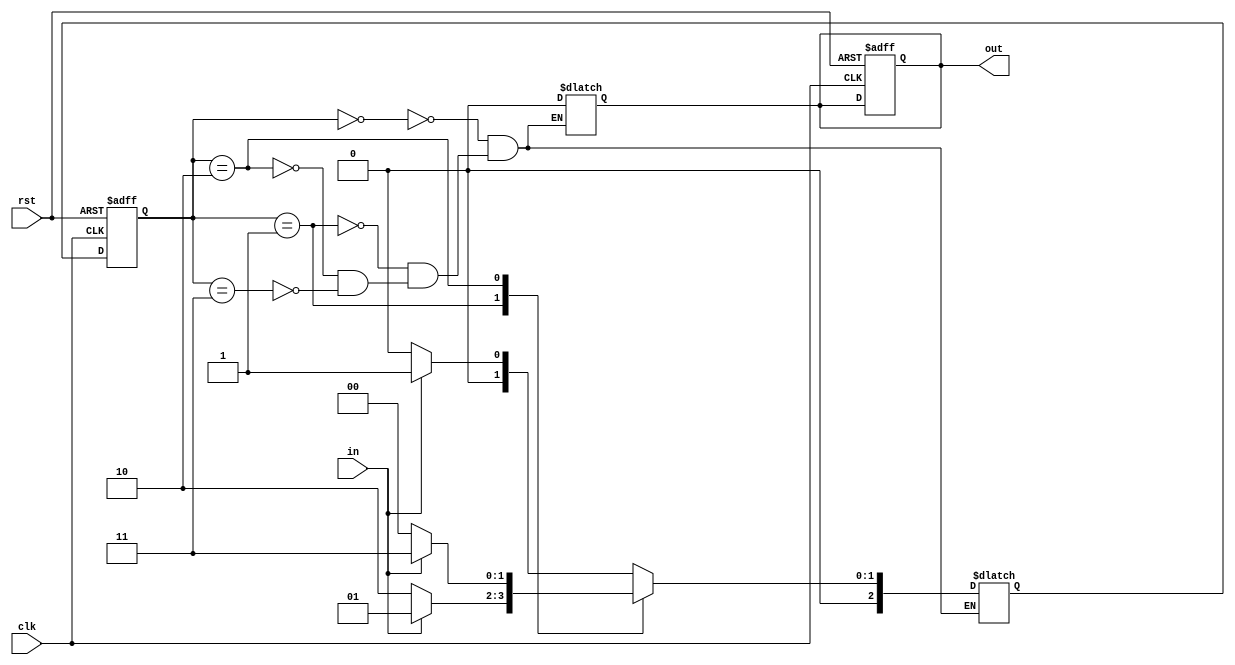
`timescale 1ns / 1ps
//Moore FSM 1010 Sequence Detector


module moore_fsm_1010(
    input clk,
    input rst,
    input in,
    output reg out
);
parameter s0=2'b00, s1=2'b01, s10=2'b10, s101=2'b11, s1010=2'b00;

reg [2:0] PS, NS;

// RST Logic
always @(posedge clk or posedge rst) begin
    if (rst == 1'b1) begin
        out <= 1'b0;
        PS <= s0;
    end
    else
        PS <= NS;
end

// OUT + State
always @(PS or in) begin
    case (PS)
        s0: begin
            out = 1'b0;
            NS = in ? s1 : s0;
        end
        s1: begin
            out = 1'b0;
            NS = in ? s1 : s10;
        end
        s10: begin
            out = 1'b0;
            NS = in ? s101 : s0;
        end
        s101: begin
            out = 1'b0;
            NS = in ? s1 : s1010;
        end
        s1010: begin
            out = 1'b1;
            NS = in ? s1 : s0;
        end
    endcase
end

endmodule